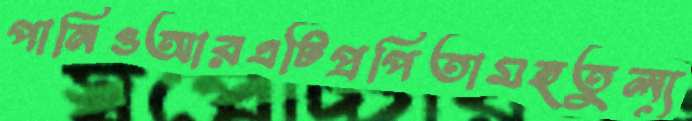
পানিওআরএটিপ্রপিতামহতুল্য